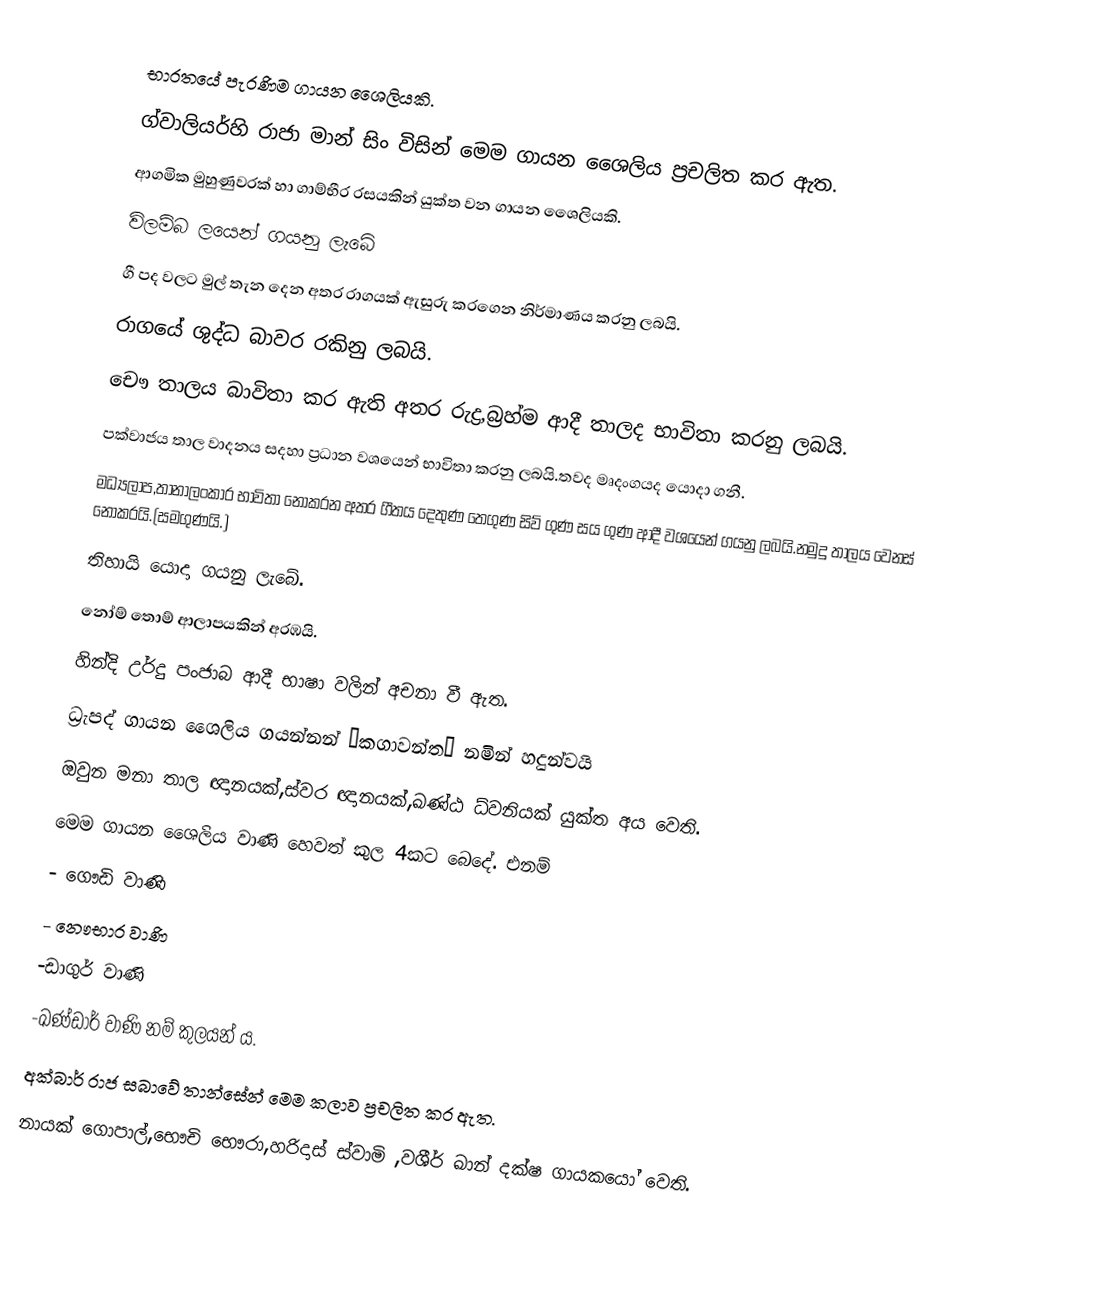
භාරතයේ පැරණිම ගායන ශෛලියකි.
ග්වාලියර්හි රාජා මාන් සිං විසින් මෙම ගායන ශෛලිය ප්‍රචලිත කර ඇත.
ආගමික මුහුණුවරක් හා ගාම්භීර රසයකින් යුක්ත වන ගායන ශෛලියකි.
විලම්බ ලයෙන් ගයනු ලැබේ
ගී පද වලට මුල් තැන දෙන අතර රාගයක් ඇසුරු කරගෙන නිර්මාණය කරනු ලබයි.
රාගයේ ශුද්ධ බාවර රකිනු ලබයි.
චෞ තාලය බාවිතා කර ඇති අතර රුද්‍ර,බ්‍රහ්ම ආදී තාලද භාවිතා කරනු ලබයි.
පක්වාජය තාල වාදනය සදහා ප්‍රධාන වශයෙන් භාවිතා කරනු ලබයි.තවද මෘදංගයද යොදා ගනී.
මධ්‍යලාප,තානාලංකාර භාවිතා නොකරන අතර ගීතය දෙතුණ තෙගුණ සිව් ගුණ සය ගුණ ආදී වශයෙන් ගයනු ලබයි.නමුදු තාලය වෙනස් නොකරයි.(සමගුණයි.)
තිහායි යොදා ගයනු ලැබේ.
නෝම් තොම් ආලාපයකින් අරඹයි.
හින්දි උර්දු පංජාබ ආදී භාෂා වලින් අචනා වී ඇත.
ධ්‍රැපද් ගායන ශෛලිය ගයන්නන් “කගාවන්ත“ නමින් හදුන්වයි
ඔවුන මනා තාල ඥානයක්,ස්වර ඥානයක්,ඛණ්ඨ ධ්වනියක් යුක්ත අය වෙති.
මෙම ගායන ශෛලිය වාණි හෙවත් කුල 4කට බෙදේ. එනම්
               - ගෞඩි වාණි
              - නෞභාර වාණි
              -ඩාගුර් වාණි
              -ඛණ්ඩාර් වාණි  නම් කුලයන් ය.
අක්බාර් රාජ සබාවේ තාන්සේන් මෙම කලාව ප්‍රචලිත කර ඇත.
නායක් ගොපාල්,භෞචි භෞරා,හරිදාස් ස්වාමි ,වශීර් ඛාන් දක්ෂ ගායකයෝ වෙති.